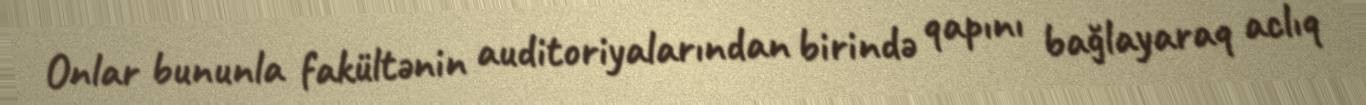
Onlar bununla fakültənin auditoriyalarından birində qapını bağlayaraq aclıq